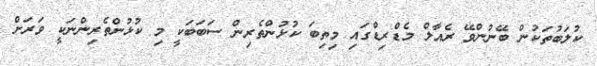
ކުލަބުތަކުން ބޭނުންވޭ ރެއާލް މެޑްރިޑްގައި މިތިބަ ކުޅުންތެރިން ސަބަބަކީ މި ކުޅުންތެރިންނަކީ ވަރަށް